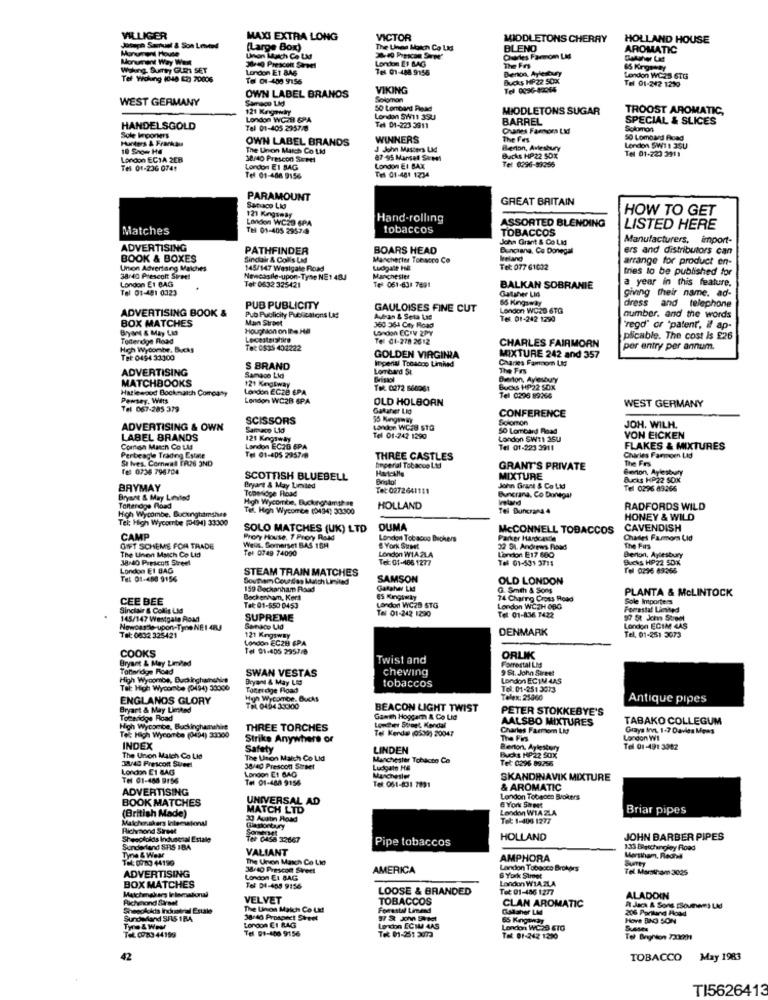
VILLIGER
MAXI EXTRA LONG
VICTOR
MIDDLETONS CHERRY
HOLLAND HOUSE
Joseph Samuel & Son Levend
(Large Box)
The Lines Moich Co Ltd
BLEND
AROMATIC
Monument Way West
Unton Match Ce LA
London El BLAG
Ourles Farmom LM
Waking. Sumy GURI SET
3140 Prescon Savvel
London ET BA6
Tel 01-488 9155
The Frs
Benon, Aylesbury
65 Kingsway
Tel Woking (048 62) 70006
Tel 01-408 9156
Bucks HP22 50X
London WC25 6TG
VIKING
Tel 0396-42044
Tel 01-242 1210
WEST GERMANY
OWN LABEL BRANDS
Samaco Lid
Solomon
121 Kraway
MIDDLETONS SUGAR
TROOST AROMATIC,
London WC29 6PA
London SW11 39U
BARREL
SPECIAL & SLICES
HANDELSGOLD
Tel 01-405 2957/8
Tel 01-223 3911
Cranes Faroms LM
Solomon
Sole Vrooners
OWN LABEL BRANDS
WINNERS
The Fes
50 Lombard Fioad
The Union Match Co Ltd
J John Masters LM
Berton, Avlesbury
London SW1 1 3SU
Tel 01-223 3919
London ECIA 2CB
38/40 Prescon Surel
87-95 Mantel Sacpoi
Bucks HP22 50X
Tel 01-236 0741
London EI SAG
London EI BAX
Tel 01-481 1234
Tel 0296-59256
Tel 01-408 9156
PARAMOUNT
GREAT BRITAIN
Sanaco Lio
HOW TO GET
London WC29 6PA
121 Kangamay
Hand-rolling
ASSORTED BLENDING
Matches
Tel 01-405 29574
tobaccos
TOBACCOS
LISTED HERE
John Grant & Co LM
Manufacturers, import-
ADVERTISING
PATHFINDER
BOARS HEAD
Bunciana, Co Donegal
ers and distributors can
BOOK & BOXES
Sinclair & Colls Lad
Manchetter Tobacco Co
Ireland
arrange for product en-
Union Advertising Matches
145/147 Wesigate Road
Ludgate HE
Tel: 077 61032
tries to be published for
38:40 Prescott Sireel
London E1 BAG
Newessile-upon-Tyne NE1 483
Manchester
a year in this feature,
Tel 01-481 0323
Tet 0632 325421
Tel 061-638 7691
BALKAN SOBRANIE
Gatsher LIG
giving their name. ad-
65 Kingaway
ADVERTISING BOOK &
PUB PUBLICITY
GAULOISES FINE CUT
London WC29 6TG
dress and telephone
Man Street
Pub Publicity Publications LM
Autran & Seta Las
Tel. 01-242 1290
number. and the words
BOX MATCHES
Bryst & May Lid
Houghton on De Ha
London ECIV 2PY
360 364 City Road
"rego" or "patent, il ap-
Toferdige Road
Lecestershire
Tel C1-278 2612
CHARLES FAIRMORN
plicable. The cost is E26
High Wycombe, Bucks
Tet: 0535 402222
per entry per annum.
Tel: 0494 33300
GOLDEN VIRGINIA
Imperial Tobacco Limited
MIXTURE 242 and 357
Charles Famnom Ltd
ADVERTISING
S BRAND
Lombard St
The Frs
MATCHBOOKS
121 Kingsway
Samace Lid
Owerton, Aylesbury
Hatlewood Bockmatch Company
London ECZE EPA
Tel: 0272 666061
Bucks HP22 SOK
Pensey. Witts
London WC2B SPA
OLD HOLBORN
Tel 0298 89064
Tel 067-285 379
Gataher Lid
CONFERENCE
WEST GERMANY
SCISSORS
Solomon
ADVERTISING & OWN
Samuco Ltd
London WC.8 STO
50 Lombard Road
JOH. WILH.
LABEL BRANDS
121 Kingsway
Tel 01-742 1290
London SWT1 3SU
VON EICKEN
Comen Mach Co LAS
London EC2B 6PA
Tel 01-223 3911
FLAKES & MIXTURES
Perbeagle Trading Estate
St Ives. Cornwall FR26 3ND
Tel 01-405 2957-8
THREE CASTLES
Charles Faroen Lid
The Frs
fel 0736 796704
Iimperial Tobacco Ltd
GRANT'S PRIVATE
Gron, Aylestraty
SCOTTISH BLUEBELL
MIXTURE
Bucks HP22 SOX
BAYMAY
Bryart & May Limited
Toperidge Road
Tot: 0272641111
Buncrana, Co Donegal
John Grant & Co Ltd
Tel 0296 89266
Bryant & May Limited
High Wycombe, Buckinghamthen
Ireland
High Wycombe, Buckrighamshre
Tel. High Wycombe (0434) 33300
HOLLAND
Tel Burkrana 4
RADFORDS WILD
Tel: High Wycombe (49M) 33300
HONEY & WILD
SOLO MATCHES (UK) LTD
DUMA
MCCONNELL TOBACCOS
CAVENDISH
CAMP
Profy House, 7 Prory Raid
London Tobacco Buchers
Parker Hardcastle
Chades Farmor Lid
GIFT SCHEME FOR TRADE
The Union Match Co Ltd
Wells, Somerset BAS 15H
Tel 0749 74090
London WIAZLA
# York Suest
32 St. Andrews Road
The Furs
38.40 Prescott Street
Tel: 01-466 1277
London E17 MIO
Tel 01-531 3715
Berton, Aylesbury
Bucks HP22 SDX
London E1 BAG
STEAM TRAIN MATCHES
Tel 0296 69366
Tel 01-400 9156
Southem Courdes Maich Limited
SAMSON
OLD LONDON
159 Beckenham Road
Gatahar Lid
G. Smith & Sons
PLANTA & McLINTOCK
CEE BEE
Bockenham, Kers
74 Charng Cross Road
Sole Importers
Sinclair & Collig Ltd
Tel: 01-550 0453
London WC25 STG
London WCZH OBG
Forrestal Linned
145/147 Westgate Road
SUPREME
Tel 01-242 1290
Tel: 01-836 7422
Newcastle upon-Tyne NE I 4RJ
Samaco Lid
DENMARK
London ECIM 4AS
Tel: 0632 325421
121 Kingsway
London EC28 GPA
Tel. 01-251 3073
COOKS
Tel 01-405 2957/8
Bryant & May Limited
Twist and
Forrectal LMd
ORLIK
Tofteridge Road
SWAN VESTAS
chewing
9 St. John Street
High Wycombe, Buckinghamshire
Bryan & May LIG
tobaccos
London ECIM 4AS
Tel: High Wycombe (0494) 30000
Totridge Road
Tel: 01-251 3073
ENGLANDS GLORY
High Wycombe. Bucks
Telex: 25060
Antique pipes
Bryant & May Limited
TEL. 0494.33300
BEACON LIGHT TWIST
PETER STOKKEBYE'S
Tomeridge Road
Game Hoggar & Co Lid
AALSBO MIXTURES
TABAKO COLLEGUM
High Wycombe, Buckinghamshire
Tel: High Wycombe (0494) 33300
THREE TORCHES
Lowther Stoet, Kendal
Tel Kendal (0539) 20047
Charles Farmom LI
Grays Inn. 1-7 Davies Mens
Strike Anywhere of
The Fars
London Wi
INDEX
Safety
LINDEN
Berton. Aylesbury
Tel 01-491 3042
The Union Match Co Ltd
38/40 Frescort Steel
The Union Match Co Ltd
Manchester Tobacto Co
Bucks HP22 SOX
Tel: 0296 89256
London E1 BAG
38/40 Prescon Street
London E1 BAG
Ludgate HE
Tel 01-486 9156
Tel 01-488 9156
Muchasler
SKANDINAVIK MIXTURE
ADVERTISING
Tel: 061-831 7891
& AROMATIC
BOOK MATCHES
UNIVERSAL AD
6 York Street
London Tobacco Brokers
(British Made)
MATCH LTD
London WIA ZLA
Briar pipes
Malchorakkers International
33 Austin Pload
Tet 1-406 1277
Plichraond Sirest
Glastortury
Sheepfolds Indusesal Estale
Ter 0458 32667
Pipe tobaccos
HOLLAND
JOHN BARBER PIPES
Sunderland SRS IBA
Tyre & Wear
VALIANT
133 Bautchangley Road
Tel: 0010 44190
The Unen Match Co Lio
AMPHORA
Mersiham, Redhad
SUITEy
ADVERTISING
38/40 Prescon Sweet
AMERICA
London Tobacco Brokers
Tel. Marstham 3025
BOX MATCHES
London EL BAG
London WIA ZLA
6 York Street
Matchmakers Irlomalional
Tel DI-405 9156
LOOSE & BRANDED
Tot: 01-486 1277
VELVET
TOBACCOS
CLAN AROMATIC
ALADDIN
Shepokokis Inchotral Estale
The Unon Maich Co Ltd
Forestal Limand
Gallsher LM
206 Parkand Hoad
A Jara & Sons ESoumens LAd
Sundhedand SAIS 1BA
38/40 Prospect Street
London EI BAG
55 Kenganar
Hove BAG SON
Tyre & Wew
Tel 91-406 9156
London ECMA 4AS
London WC23 6TO
Tel. 0983 44159
Tok: 01-251 2073
Tel: 01-242 1200
42
TOBACCO
May 1983
TI5626413